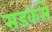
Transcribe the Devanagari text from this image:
सडकसे